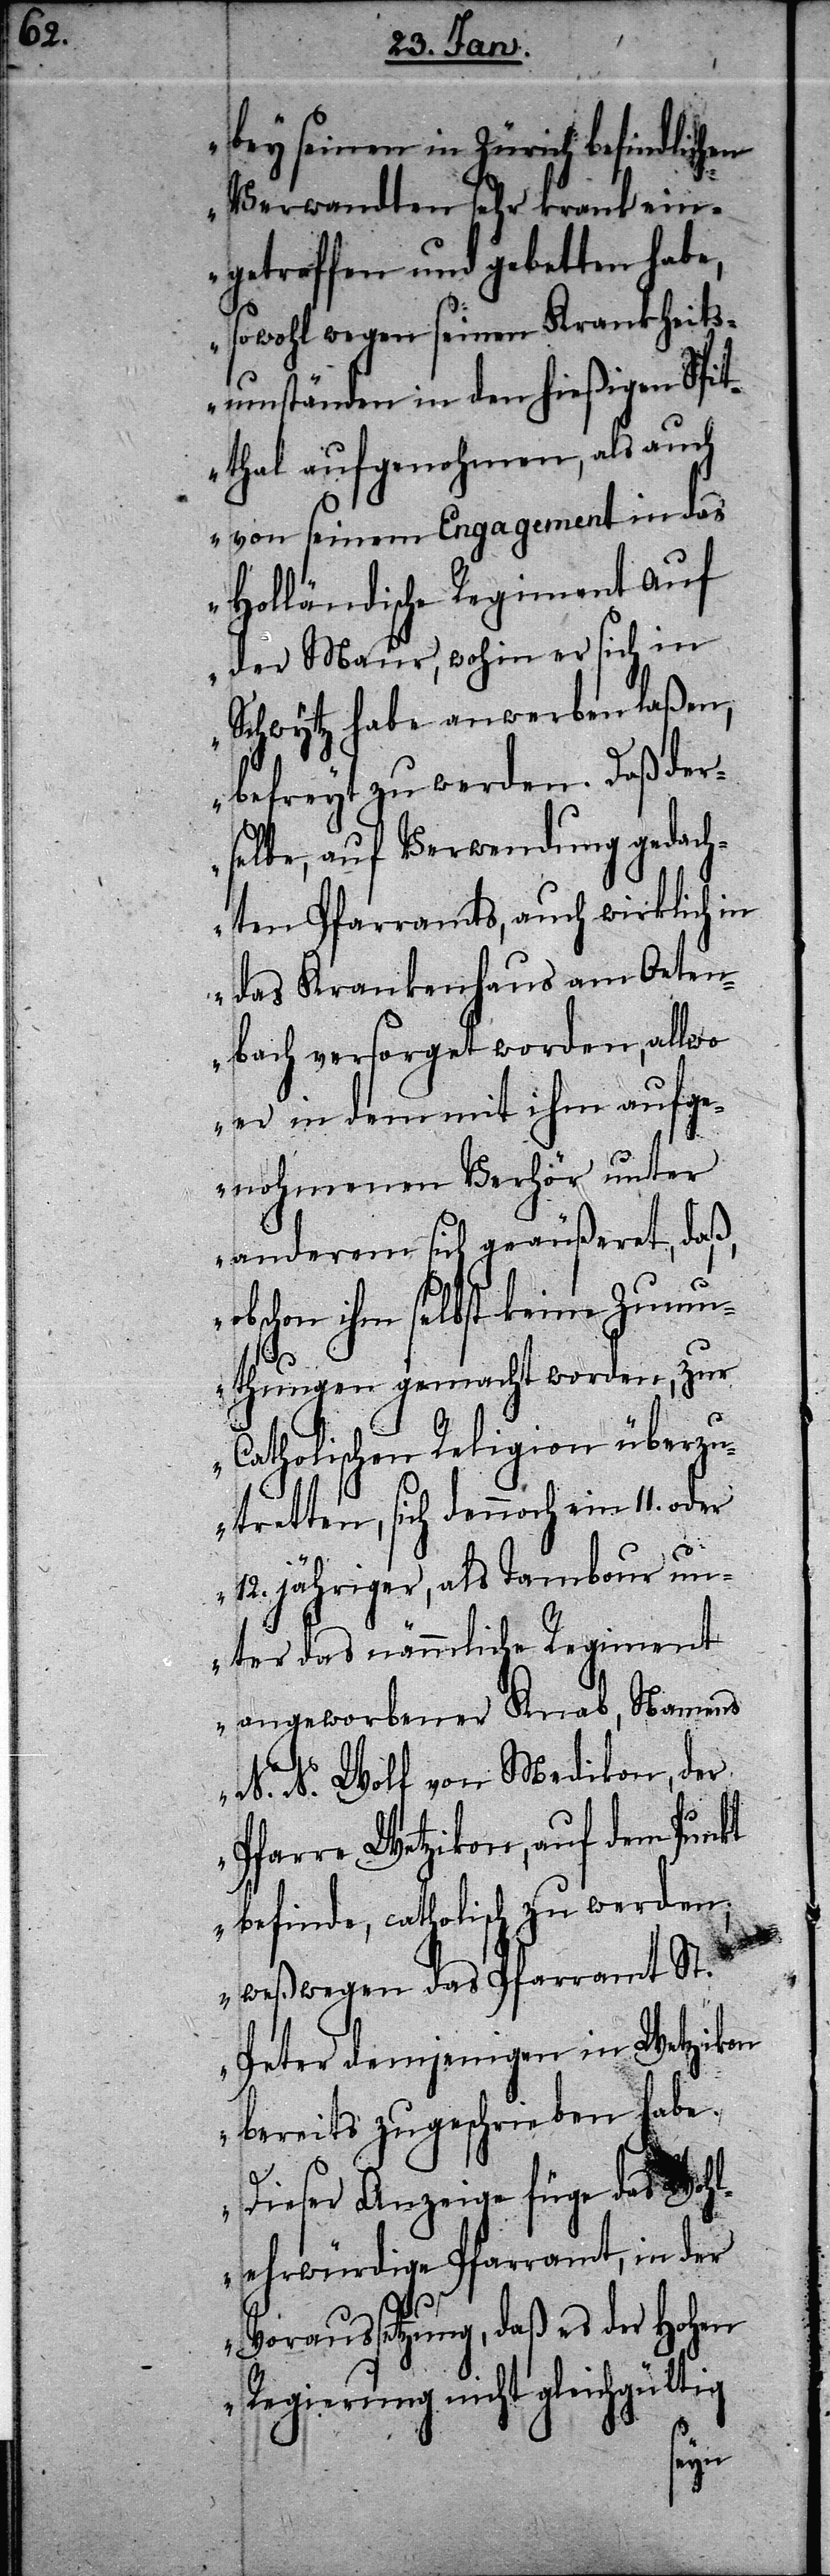
bey seinen in Zürich befindlichen
Verwandten sehr krank ein¬
getroffen und gebetten habe,
sowohl wegen seinen Krankheits¬
umständen in den hießigen Spit¬
thal aufgenohmen, als auch
von seinem Engagement in das
Holländische Regiment auf
der Maur, wohin er sich in
Schwytz habe anwerben laßen,
befreyt zu werden. Daß der¬
selbe, auf Verwendung gedach¬
ten Pfarramts, auch wirklich in
das Krankenhaus am Oeten¬
bach versorget worden, allwo
er in dem mit ihm aufge¬
nohmenen Verhör unter
anderem sich geäußeret, daß,
obschon ihm selbst keine Zum¬
N.
uthungen gemacht worden, zur
Catholischen Religion überzu¬
tretten, sich dennoch ein 11.
12. jähriger, als Tambour un¬
ter das nämmliche Regiment
angeworbener Knab, Namens
[sic!] Wolf von Medikon, der
Pfarre Wetzikon, auf dem Punkt
befinde, catholisch zu werden;
weßwegen das Pfarramt St.
Peter demjenigen in Wetzikon
bereits zugeschrieben habe.
Dieser Anzeige füge das Wohl¬
ehrwürdige Pfarramt, in der
Voraussetzung, daß es der Hohen
Regierung nicht gleichgültig